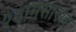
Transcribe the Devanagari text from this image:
श्यामसारखा